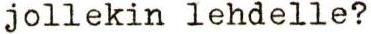
jollekin lehdelle?